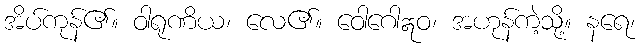
အိပ်ကုန်၏။ ဝါရုဏိယ၊ လေ၏။ ဝေါဂေါဣဝ၊ အဟုန်ကဲ့သို့။ နရေ၊